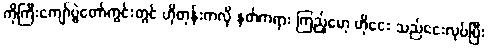
ကိုကြီးကျော်ပွဲတော်ကွင်းတွင် ဟိုတုန်းကလို နတ်ကရား ကြည့်မော့ ဟိုငေး သည်ငေးလုပ်ပြီး